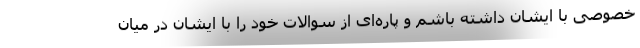
خصوصی با ایشان داشته باشم و پاره‌ای از سوالات خود را با ایشان در میان